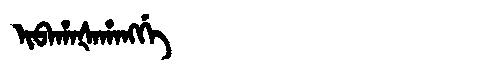
Manchu: ᡳᠪᠠᡥᠠᡧᠠᡥᠠᠩᡤᡝ
Romanization: IBAHAŠAHANGGE